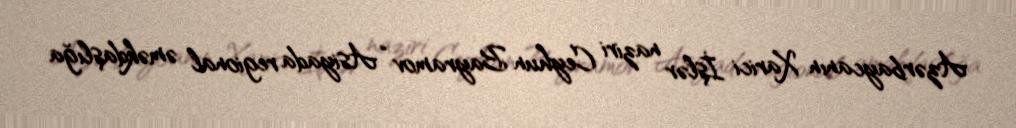
Azərbaycanın Xarici İşlər naziri Ceyhun Bayramov “Asiyada regional əməkdaşlığa